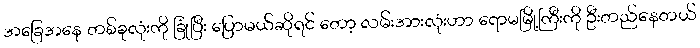
အခြေအနေ တစ်ခုလုံးကို ခြုံပြီး ပြောမယ်ဆိုရင် တော့ လမ်းအားလုံးဟာ ရောမမြို့ကြီးကို ဦးတည်နေတယ်